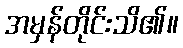
အမှန်တိုင်းသိ၏။